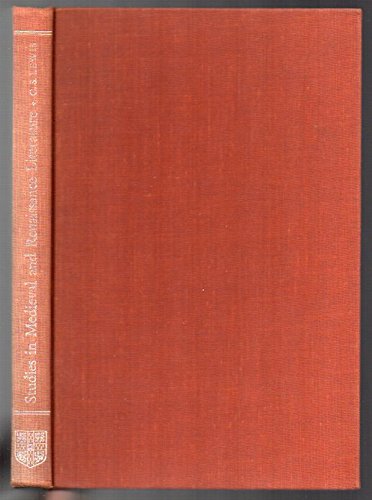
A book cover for Studies in Medieval & Renaissance Literature; C. S.; collected by Walter Hooper Lewis; Literature & Fiction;